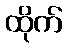
ထိုက်